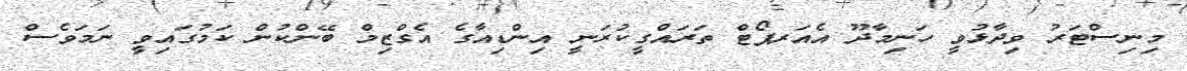
މިނިސްޓަރު ވިދާޅުވީ ހަނިމާދޫ އެއަރޕޯޓް ތަރައްގީކުރަނީ އިންޑިއާގެ އެގްޒިމް ބޭންކުން ކަމުގައިވީ ނަމަވެސް